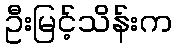
ဦးမြင့်သိန်းက